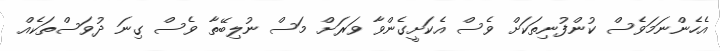
އެހެންނަމަވެސް ކުންފުނިތަކަށް ވެސް އެކަށީގެންވާ ވަރަށް މަސް ނުލިބޭތާ ވެސް ގިނަ ދުވަސްތަކެއް